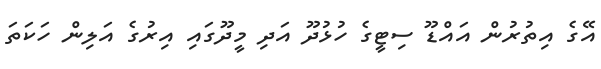
އޭގެ އިތުރުން އައްޑޫ ސިޓީގެ ހުޅުދޫ އަދި މީދޫގައި އިރުގެ އަލިން ހަކަތަ